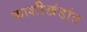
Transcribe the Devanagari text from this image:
काशीखंडांत